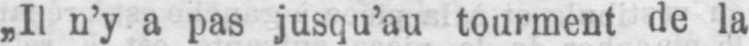
Il n’y a pas jusqu’au tourment de la